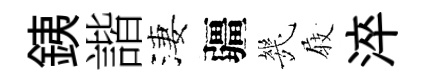
銕諧淒疆㡬𡲆淬